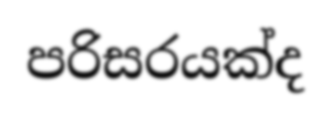
පරිසරයක්ද